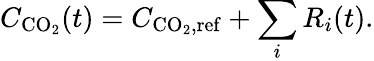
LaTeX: C_{\mathrm{CO}_{2}}(t)=C_{\mathrm{CO}_{2},\mathrm{ref}}+\sum_{i}R_{i}(t).